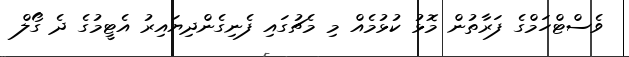
ވެސްޓްހަމްގެ ފަރާތުން މޮޅު ކުޅުމެއް މި މެޗުގައި ފެނިގެންދިޔައިރު އެޓީމުގެ ދެ ގޯލް